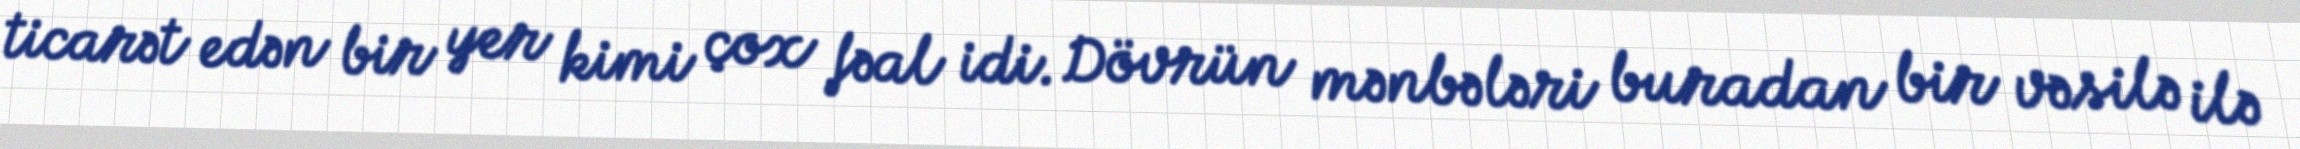
ticarət edən bir yer kimi çox fəal idi. Dövrün mənbələri buradan bir vəsilə ilə